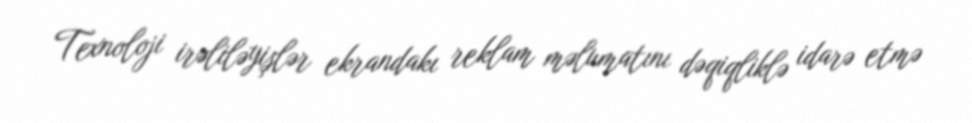
Texnoloji irəliləyişlər ekrandakı reklam məlumatını dəqiqliklə idarə etmə